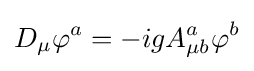
D_{\mu }\varphi ^{a}=-igA_{\mu b}^{a}\varphi ^{b}